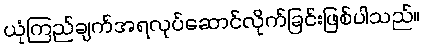
ယုံကြည်ချက်အရလုပ်ဆောင်လိုက်ခြင်းဖြစ်ပါသည်။